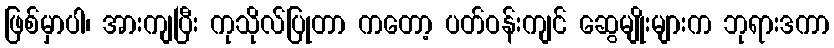
ဖြစ်မှာပါ၊ အားကျပြီး ကုသိုလ်ပြုတာ ကတော့ ပတ်ဝန်းကျင် ဆွေမျိုးများက ဘုရားဒကာ